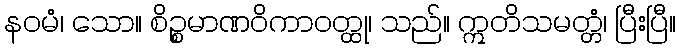
နဝမံ၊ သော။ စိဉ္စမာဏဝိကာဝတ္ထု၊ သည်။ ဣတိသမတ္တံ၊ ပြီးပြီ။